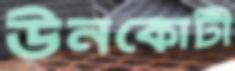
উনকোটী